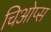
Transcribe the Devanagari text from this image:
चिओप्स